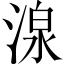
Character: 湶